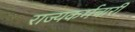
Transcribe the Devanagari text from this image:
राज्यकर्मचारी